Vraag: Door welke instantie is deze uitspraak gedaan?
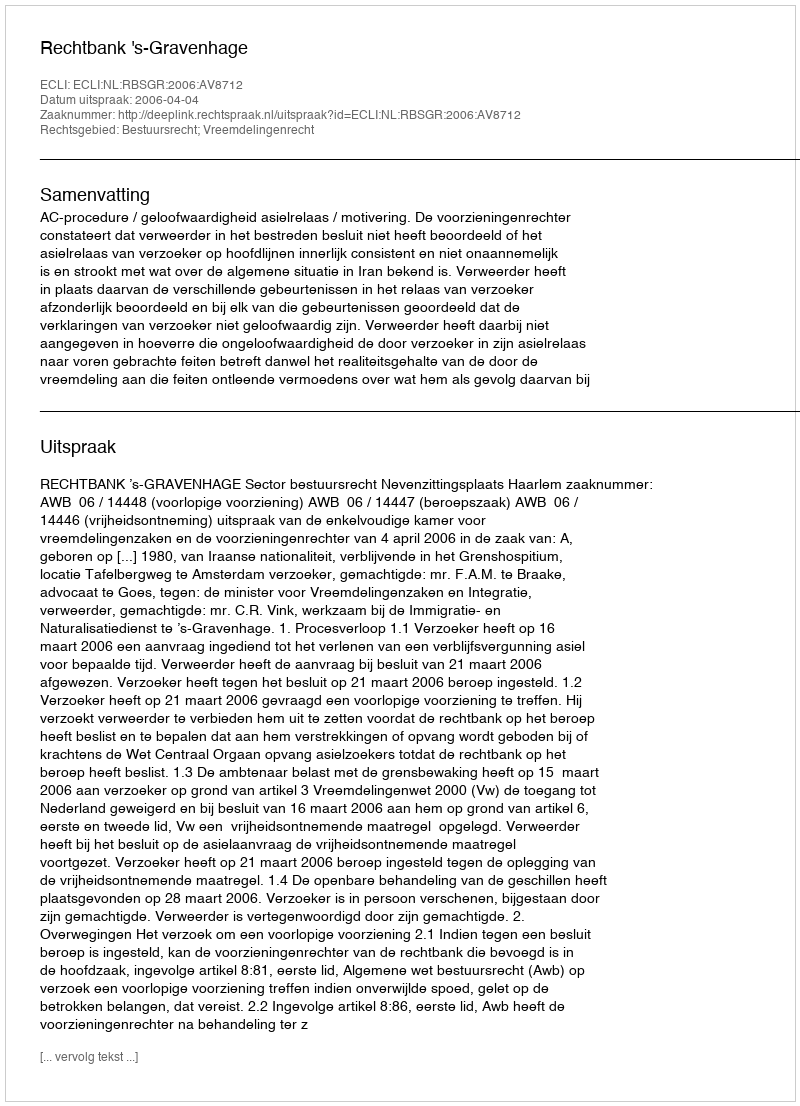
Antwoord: Rechtbank 's-Gravenhage